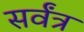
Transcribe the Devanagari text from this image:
सर्वंत्र